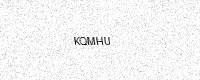
Text: KQMHU